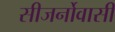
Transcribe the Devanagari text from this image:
सीजर्नोवासी